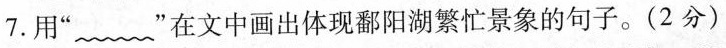
7.用”~”在文中画出体现鄱阳湖繁忙景象的句子。(2分)